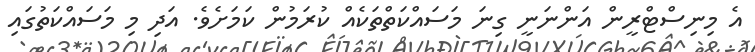
އެ މިނިސްޓްރީން އަންނަނީ ގިނަ މަސައްކަތްތަކެއް ކުރަމުން ކަމަށެވެ. އަދި މި މަސައްކަތުގައި